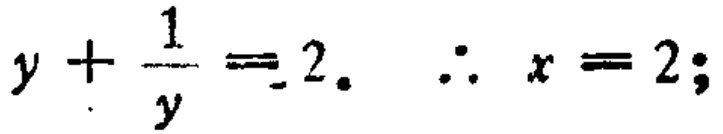
$y+\frac{1}{y}=2.\ \ \therefore x = 2;$